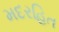
મદરહિત